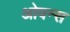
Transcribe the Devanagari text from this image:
ओवन्स